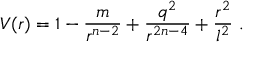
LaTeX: V ( r ) = 1 - \frac { m } { r ^ { n - 2 } } + \frac { q ^ { 2 } } { r ^ { 2 n - 4 } } + \frac { r ^ { 2 } } { l ^ { 2 } } \ .